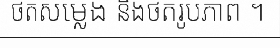
ថតសម្លេង និងថតរូបភាព ។